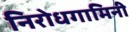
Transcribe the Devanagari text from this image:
निरोधगामिनी